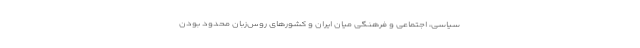
سیاسی، اجتماعی و فرهنگی میان ایران و کشور‌های روس‌زبان محدود بودن